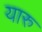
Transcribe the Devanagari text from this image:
यारु